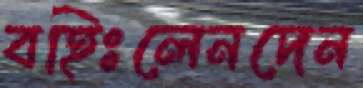
বহিঃলেনদেন